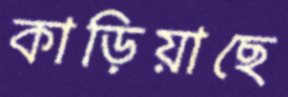
কাড়িয়াছে